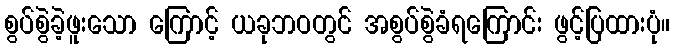
စွပ်စွဲခဲ့ဖူးသော ကြောင့် ယခုဘဝတွင် အစွပ်စွဲခံရကြောင်း ဖွင့်ပြထားပုံ။